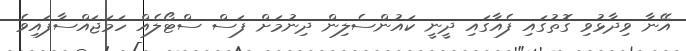
އޭނާ ވިދާޅުވި ގޮތުގައި ފެއާގައި ދީނީ ކައުންސެލިން ދިނުމަށް ފަސް ސްޓޯލެއް ހަމަޖައްސާފައިވެ